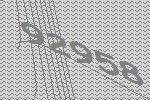
92958